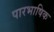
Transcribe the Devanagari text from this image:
पारभाषिक